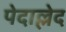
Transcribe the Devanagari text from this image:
पेदाल्लेद